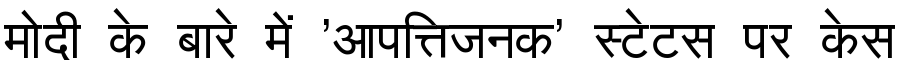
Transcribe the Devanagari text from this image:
मोदी के बारे में 'आपत्तिजनक' स्टेटस पर केस